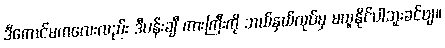
ဒီကောင်မကလေးလည်း ဒီပန်းချီ ကားကြီးကို ဘယ်နှယ်လုပ်မှ မယူနိုင်ပါဘူးခင်ဗျ။